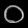
Digit: ၀